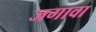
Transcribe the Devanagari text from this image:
जगावा